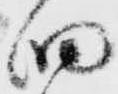
細